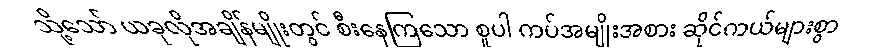
သို့သော် ယခုလိုအချိန်မျိုးတွင် စီးနေကြသော စူပါ ကပ်အမျိုးအစား ဆိုင်ကယ်များစွာ